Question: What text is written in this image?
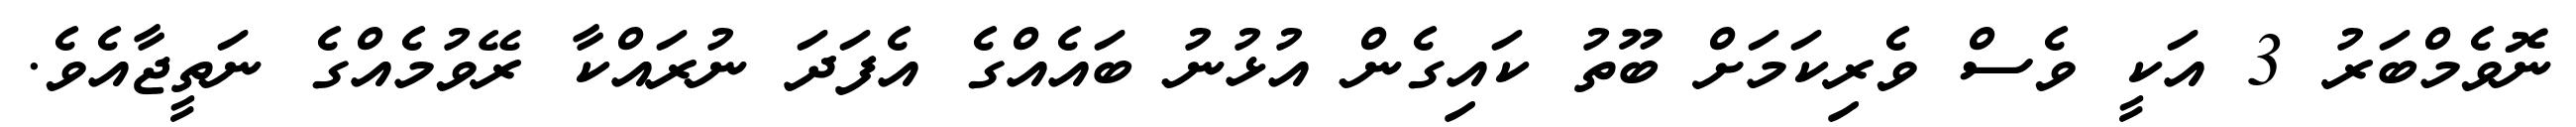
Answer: ނޮވެމްބަރު 3 އަކީ ވެސް ވެރިކަމަށް ބޫތު ކައިގެން އުޅުނު ބައެއްގެ އެފަދަ ނުރައްކާ ރޭވުމެއްގެ ނަތީޖާއެވެ.